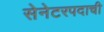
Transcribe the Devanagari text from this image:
सेनेटरपदाची